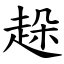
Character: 趓